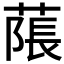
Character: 𦹥